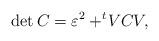
LaTeX: \begin{align*} \det C=\varepsilon^2+^t\!V CV, \end{align*}